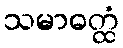
သမာဓတ္ထံ